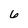
Character: 6